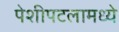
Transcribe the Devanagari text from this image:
पेशीपटलामध्ये